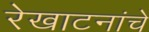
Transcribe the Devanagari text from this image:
रेखाटनांचे